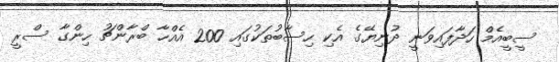
ސީބީއެމް ހަދާފައިވަނީ ދުނިޔޭގެ އެކި ހިސާބުތަކުގައި 200 އެއްހާ ބްރާންޗު ހިންގާ ސްރީ